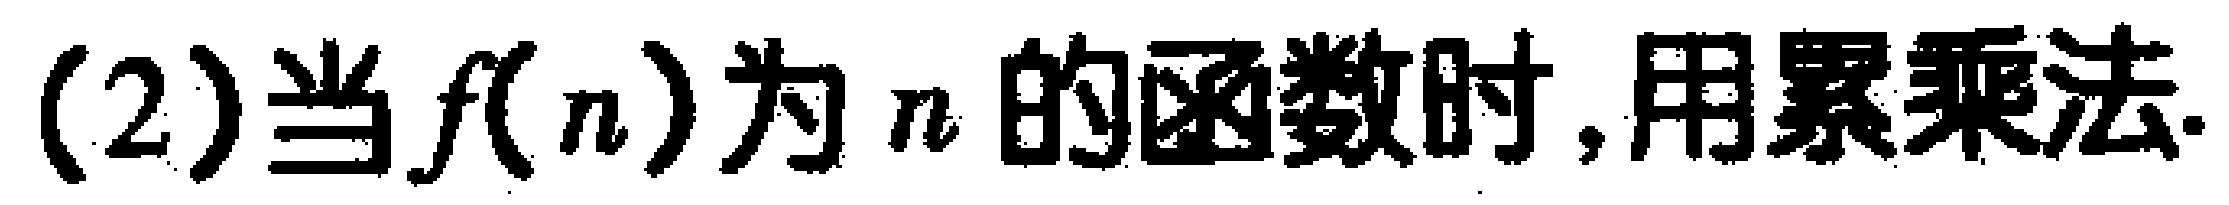
(2)当$f(n)$为$n$的函数时,用累乘法.